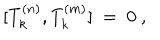
LaTeX: [ T _ { k } ^ { ( n ) } , T _ { k } ^ { ( m ) } ] \ = \ 0 \ ,